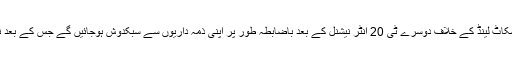
سٹیو رکسن 13جون کو ایڈن برا میں سکاٹ لینڈ کے خلاف دوسرے ٹی 20 انٹر نیشنل کے بعد باضابطہ طور پر اپنی ذمہ داریوں سے سبکدوش ہوجائیں گے جس کے بعد نئے فیلڈنگ کوچ کا تقرر کیا جائے گا۔